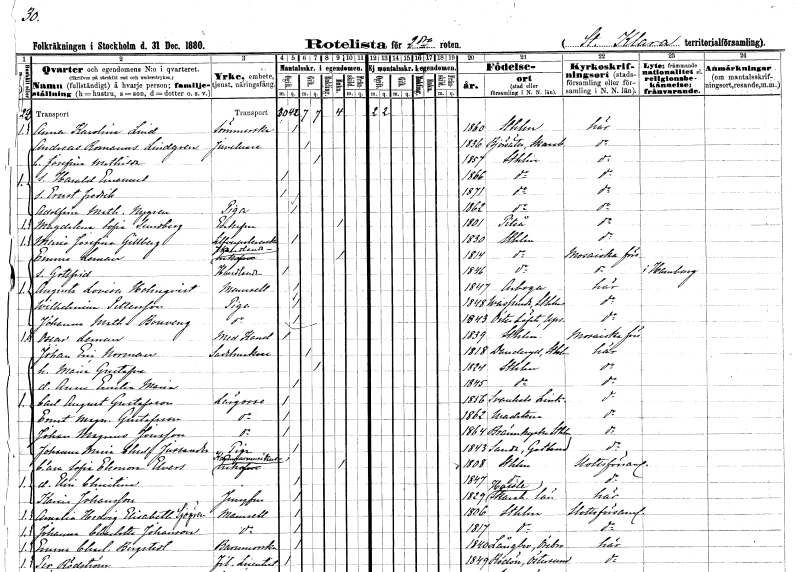
gt_parse: households: individuals: FN: Anna Karolina
EN: Lind
YRKE: Sömmerska
KON: K
CIV: O
FODAR: 1860
FODFORS: Stockholm
FN: Andreas Romanus
EN: Lindgren
YRKE: Juvelerare
KON: M
CIV: G
FODAR: 1836
FODFORS: Björsäter Skaraborgs län
FN: Josefina Mathilda
KON: K
CIV: G
FODAR: 1857
FODFORS: Stockholm
FN: Harald Emanuel
KON: M
CIV: O
FODAR: 1866
FODFORS: Stockholm
FN: Ernst Fredrik
KON: M
CIV: O
FODAR: 1871
FODFORS: Stockholm
FN: Adolfina Mathilda
EN: Nygren
YRKE: Piga
KON: K
CIV: O
FODAR: 1862
FODFORS: Stockholm
FN: Magdalena Sofia
EN: Sundberg
KON: K
CIV: E
FODAR: 1801
FODFORS: Piteå Norrbottens län
FN: Maria Josefina
EN: Gillberg
YRKE: Silverpolererska
KON: K
CIV: O
FODAR: 1830
FODFORS: Stockholm
FN: Emma
EN: Leman
YRKE: Handlandeänka
KON: K
CIV: E
FODAR: 1814
FODFORS: Stockholm
FN: Gottfrid
YRKE: Handlande
KON: M
CIV: O
FODAR: 1846
FODFORS: Stockholm
FN: Augusta Lovisa
EN: Holmqvist
KON: K
CIV: O
FODAR: 1847
FODFORS: Arboga Västmanlands län
FN: Wilhelmina
EN: Pettersson
YRKE: Piga
KON: K
CIV: O
FODAR: 1848
FODFORS: Vassunda Uppsala län
FN: Johanna Mathilda
EN: Bouveng
YRKE: Piga
KON: K
CIV: O
FODAR: 1843
FODFORS: Österlövsta Uppsala län
FN: Oscar
EN: Leman
YRKE: Medicine kandidat
KON: M
CIV: O
FODAR: 1839
FODFORS: Stockholm
FN: Johan Eric
EN: Norman
YRKE: Sadelmakare
KON: M
CIV: G
FODAR: 1818
FODFORS: Danderyd Stockholms län
FN: Maria Gustafva
KON: K
CIV: G
FODAR: 1824
FODFORS: Stockholm
FN: Anna Emilia Maria
KON: K
CIV: O
FODAR: 1845
FODFORS: Stockholm
FN: Carl August
EN: Gustafsson
YRKE: Lärgosse
KON: M
CIV: O
FODAR: 1856
FODFORS: Svanshals Östergötlands län
FN: Ernst Magnus
EN: Gustafsson
YRKE: Lärgosse
KON: M
CIV: O
FODAR: 1862
FODFORS: Vadstena Östergötlands län
FN: Johan Magnus
EN: Jonsson
YRKE: Lärgosse
KON: M
CIV: O
FODAR: 1864
FODFORS: Brännkyrka Stockholms län
FN: Johanna Maria Charlotta
EN: Jussander
YRKE: Piga
KON: K
CIV: O
FODAR: 1843
FODFORS: Sanda Gotlands län
FN: Clara Sofia Eleonora
EN: Elvers
YRKE: Kammarmusikeränka
KON: K
CIV: E
FODAR: 1808
FODFORS: Stockholm
FN: Elin Christina
KON: K
CIV: O
FODAR: 1847
FODFORS: Stockholm
FN: Karin
EN: Johansson
YRKE: Jungfru
KON: K
CIV: O
FODAR: 1829
FODFORS: Hassle Skaraborgs län